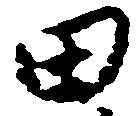
田